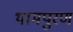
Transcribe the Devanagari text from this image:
थामपुरण